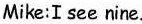
Mike:I see nine.